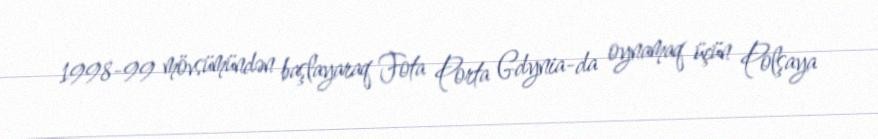
1998-99 mövsümündən başlayaraq Fota Porta Gdynia-da oynamaq üçün Polşaya